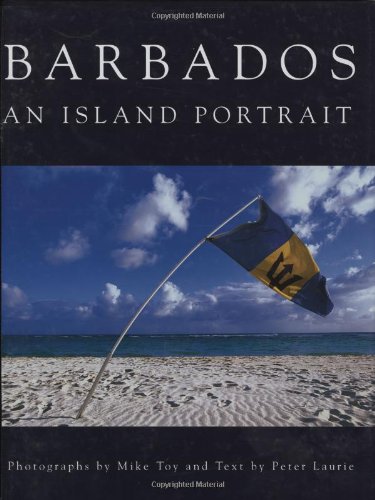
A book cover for Barbados an Island Portrait; Travel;